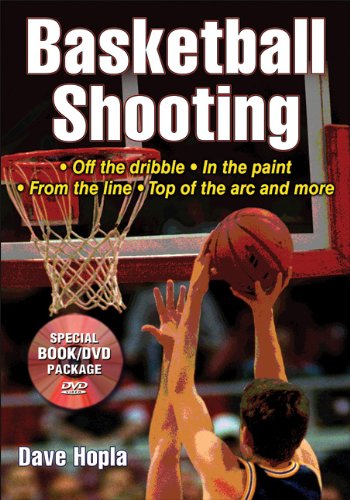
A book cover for Basketball Shooting; Dave Hopla; Sports & Outdoors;